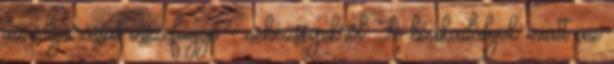
az időjárással összefüggő - nehézségekről. A hóakadályok miatt az